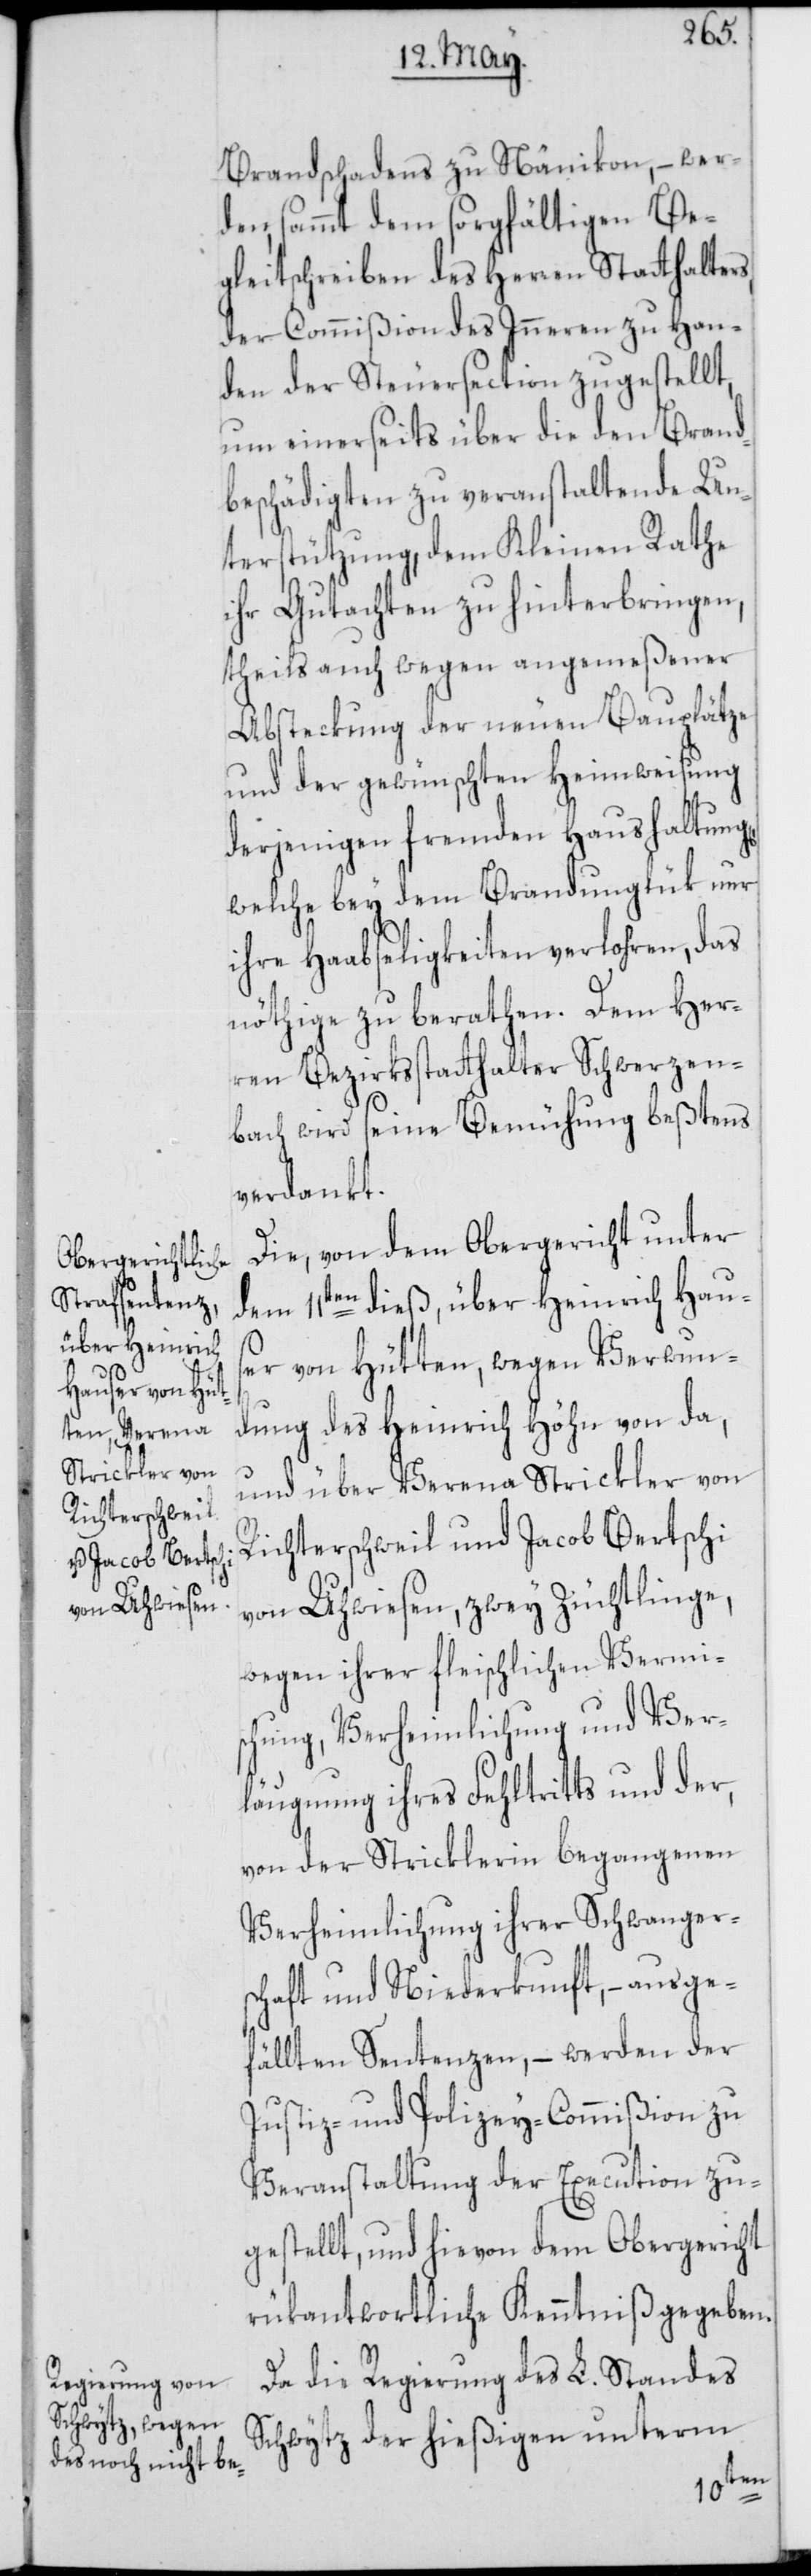
Brandschadens zu Nänikon, – wer¬
den, sammt dem sorgfältigen Be¬
gleitschreiben des Herren Statthalters,
der Commißion des Inneren zu Han¬
den der Steuersection zugestellt,
um einerseits über die den Brand¬
beschädigten zu veranstaltende Un¬
terstützung, dem Kleinen Rathe
ihr Gutachten zu hinterbringen,
theils auch wegen angemeßener
Absteckung der neuen Bauplätze
und der gewünschten Heimweisung
derjenigen fremden Haushaltung[e¬
welche bey dem Brandunglük nur
ihre Haabseligkeiten verlohren, das
nöthige zu berathen. Dem Her¬
ren Bezirksstatthalter Schwerzen¬
bach wird seine Bemühung beßtens
verdankt.
Die, von dem Obergericht unter
dem 11ten dieß, über Heinrich Haus¬
er von Hütten, wegen Verwun¬
dung des Heinrich Höhn von da,
und über Verena Strickler von
Richterschweil und Jacob Bertschi
von Uhwiesen, zwey Züchtlinge,
wegen ihrer fleischlichen Vermi¬
schung, Verheimlichung und Ver¬
läugnung ihres Fehltritts und der,
von der Stricklerin begangenen
Verheimlichung ihrer Schwanger¬
schaft und Niederkunft, – ausge¬
fällten Sentenzen, – werden der
Justiz- und Polizey-Commißion zu
Veranstaltung der Execution zu¬
gestellt, und hievon dem Obergericht
rükantwortliche Kenntniß gegeben.
Da die Regierung des L. Standes
Schwytz der hießigen unterm
n],